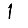
Digit: 1